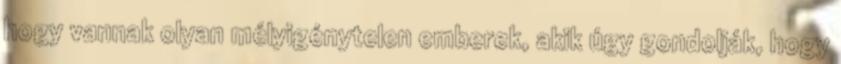
hogy vannak olyan mélyigénytelen emberek, akik úgy gondolják, hogy